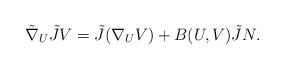
LaTeX: \begin{align*}\tilde{\nabla}_{U}\tilde{J}V=\tilde{J}(\nabla _{U}V)+B(U,V)\tilde{J}N.\end{align*}